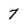
Character: 7